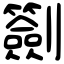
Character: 𠠬